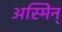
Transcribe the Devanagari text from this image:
अस्मिन्‌